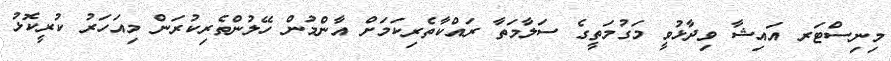
މިނިސްޓަރ އައިޝާ ވިދާޅުވީ މަގުމަތީގެ ސަލާމަތާ ރައްކާތެރިކަމަށް އާންމުން ހޭލުންތެރިކުރަން މިއަހަރު ކުރީކޮޅު